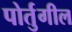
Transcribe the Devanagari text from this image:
पोर्तुगील